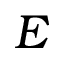
E